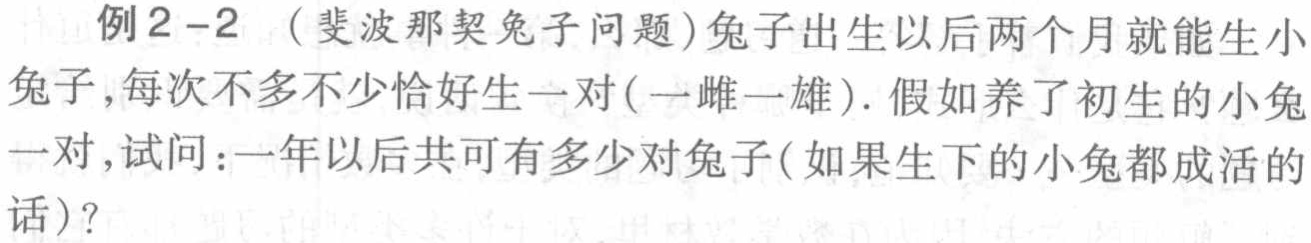
例2 - 2 （斐波那契兔子问题）兔子出生以后两个月就能生小兔子，每次不多不少恰好生一对(一雌一雄). 假如养了初生的小兔一对，试问：一年以后共可有多少对兔子(如果生下的小兔都成活的话)？